Annual report on the mental hospital in the Central Provinces and Berar (Nagpur) - 1927-1951
Year: 1927
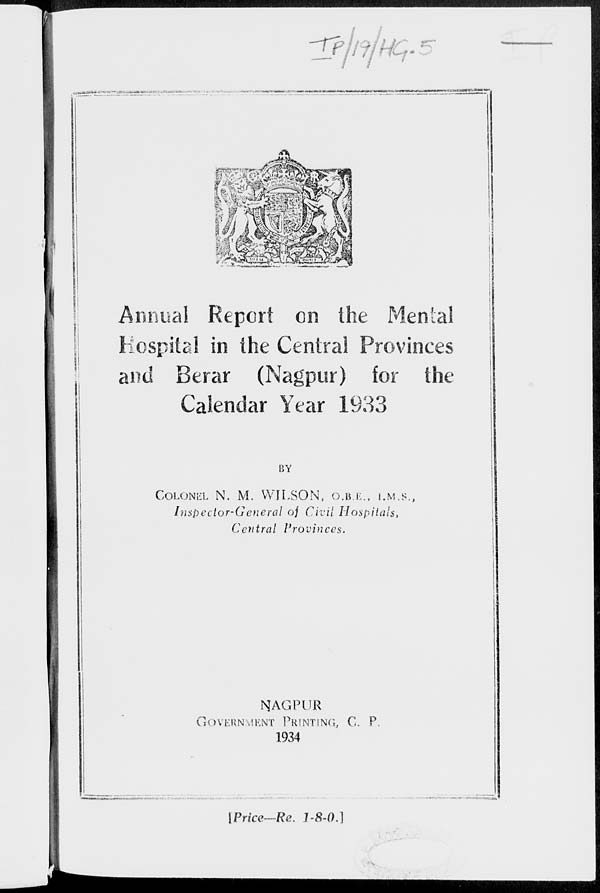
Annual Report on the Mental
Hospital in the Central Provinces
and Berar (Nagpur) for the
Calendar Year 1933
BY
COLONEL N. M. WILSON, O.B.E., I.M.S.,
Inspector-General of Civil Hospitals,
Central
Provinces.
NAGPUR
GOVERNMENT PRINTING. C. P.
1934
[ Price -Re. 1-8-0.]